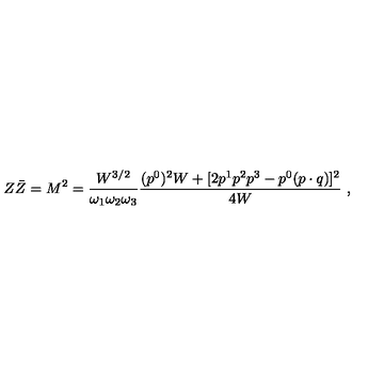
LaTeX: Z \bar { Z } = M ^ { 2 } = \frac { W ^ { 3 / 2 } } { \omega _ { 1 } \omega _ { 2 } \omega _ { 3 } } \frac { ( p ^ { 0 } ) ^ { 2 } W + [ 2 p ^ { 1 } p ^ { 2 } p ^ { 3 } - p ^ { 0 } ( p \cdot q ) ] ^ { 2 } } { 4 W } \ ,